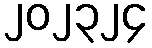
၂၀၂၃၂၄